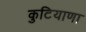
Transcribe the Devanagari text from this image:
कुटियाणा